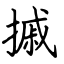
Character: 摵